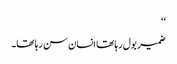
‘‘
ضمیر بول رہا تھا انسان سن رہا تھا۔